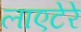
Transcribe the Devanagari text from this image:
लाएटेरे